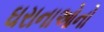
ઘરાનાઓનો